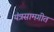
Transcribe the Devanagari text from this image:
यंत्रसामगीत